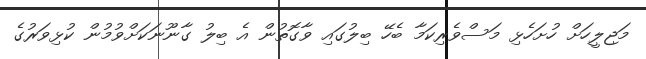
މަޖިލީހަށް ހުށަހެޅި މަސްވެރިކަމާ ބެހޭ ބިލުގައި ވާގޮތުން އެ ބިލު ގާނޫނަކަށްވުމުން ކުޅިވަރުގެ